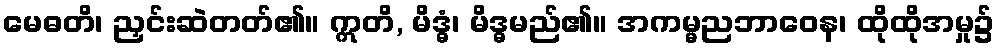
မေဓတိ၊ ညှင်းဆဲတတ်၏။ ဣတိ, မိဒ္ဓံ၊ မိဒ္ဓမည်၏။ အကမ္မညဘာဝေန၊ ထိုထိုအမှု၌